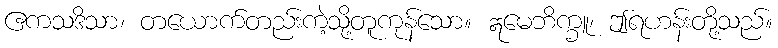
ဧကသဒိသာ၊ တယောက်တည်းကဲ့သို့တူကုန်သော။ ဣမေဘိက္ခူ၊ ဤရဟန်းတို့သည်။